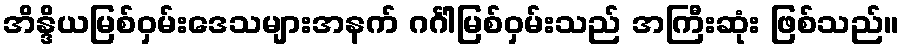
အိန္ဒိယမြစ်ဝှမ်းဒေသများအနက် ဂင်္ဂါမြစ်ဝှမ်းသည် အကြီးဆုံး ဖြစ်သည်။